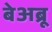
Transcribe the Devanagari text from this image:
बेअब्रू